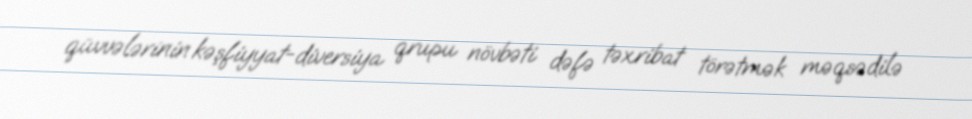
qüvvələrinin kəşfiyyat-diversiya qrupu növbəti dəfə təxribat törətmək məqsədilə